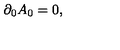
\partial _ { 0 } A _ { 0 } = 0 ,